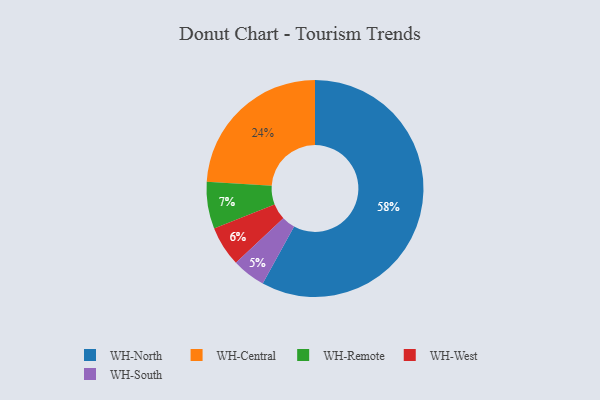
{"axis": {"x": "Category", "y": "Percentage"}, "legend": ["WH-Central", "WH-North", "WH-Remote", "WH-South", "WH-West"], "data": [{"x": "WH-North", "y": 58, "type": "WH-North"}, {"x": "WH-Central", "y": 24, "type": "WH-Central"}, {"x": "WH-South", "y": 5, "type": "WH-South"}, {"x": "WH-West", "y": 6, "type": "WH-West"}, {"x": "WH-Remote", "y": 7, "type": "WH-Remote"}]}